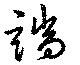
端